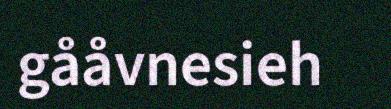
gååvnesieh